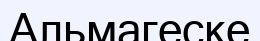
Альмагеске